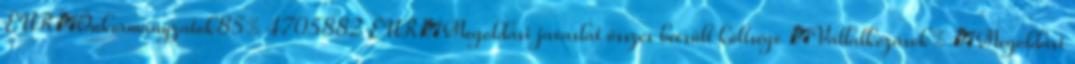
EUR▪Önkormányzatok85% 4705882 EUR▪Megoldási javaslat összes becsült költsége ▪Vállalkozások% ▪Megoldási